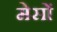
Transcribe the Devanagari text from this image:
मेसों